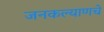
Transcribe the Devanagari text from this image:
जनकल्याणचे